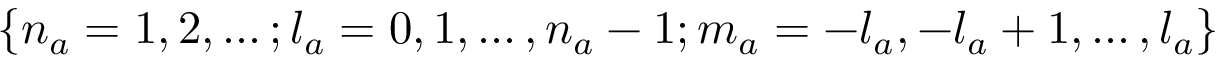
{ \{ n _ { a } = 1 , 2 , \dots ; l _ { a } = 0 , 1 , \dots , n _ { a } - 1 ; m _ { a } = - l _ { a } , - l _ { a } + 1 , \dots , l _ { a } \} }